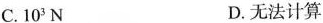
C.10^{3}N D.无法计算